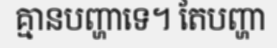
គ្មានបញ្ហាទេ។ តែបញ្ហា